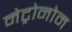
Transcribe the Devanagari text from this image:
मेट्रोनोम